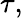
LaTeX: \tau,